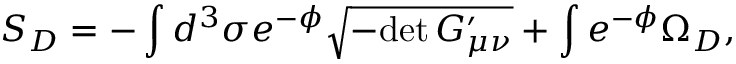
S _ { D } = - \int d ^ { 3 } \sigma e ^ { - \phi } \sqrt { - \mathrm { d e t } \, G _ { \mu \nu } ^ { \prime } } + \int e ^ { - \phi } \Omega _ { D } ,